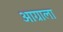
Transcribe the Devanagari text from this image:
आग्राला